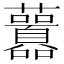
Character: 䖀